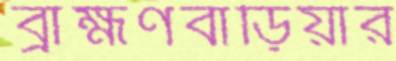
ব্রাহ্মণবাড়িয়ার